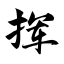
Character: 挥